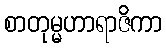
စာတုမ္မဟာရာဇိကာ